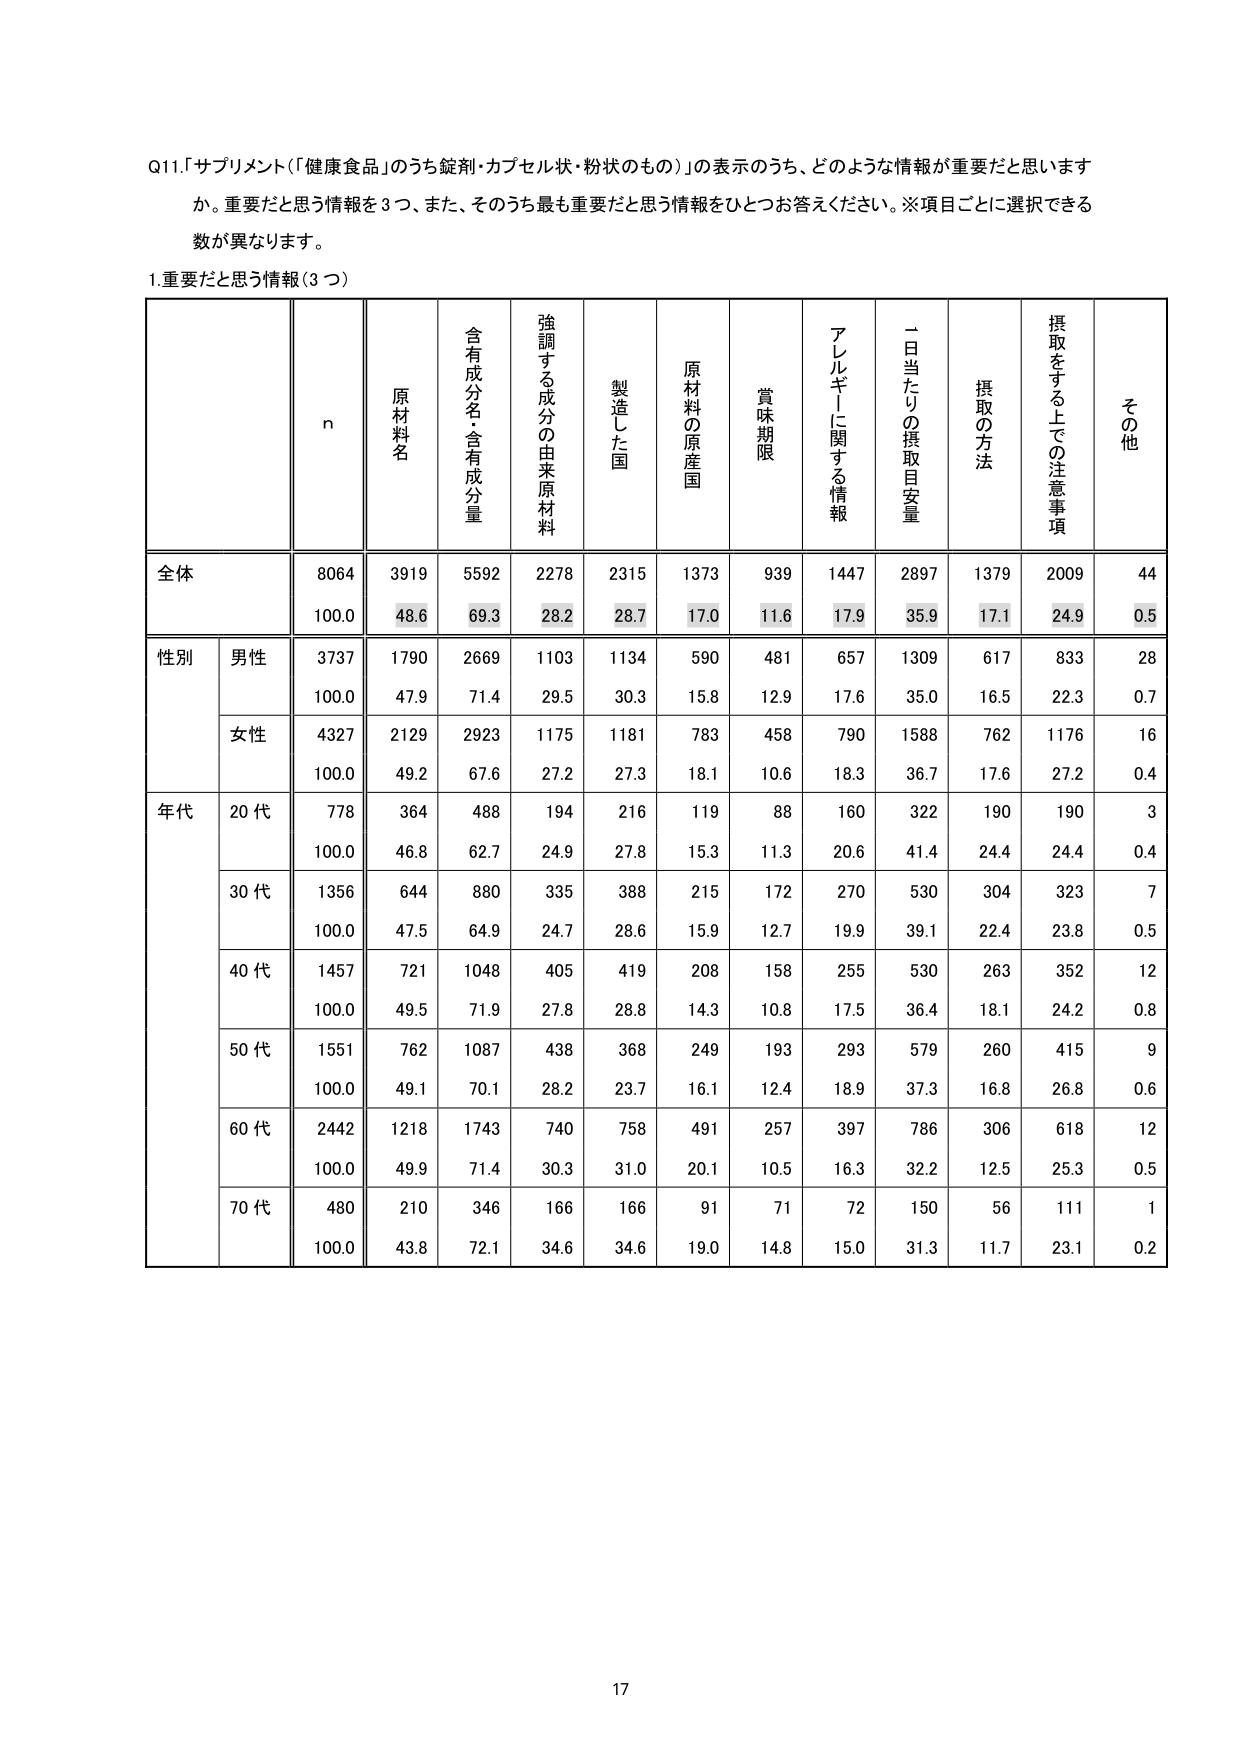
Q11.「サプリメント（「健康食品」のうち錠剤・カプセル状・粉状のもの）」の表示のうち、どのような情報が重要だと思いますか。重要だと思う情報を3つ、また、そのうち最も重要だと思う情報をひとつお答えください。※項目ごとに選択できる数が異なります。

1.重要だと思う情報（3つ）

n 原材料名 含有成分名・含有成分量 強調する成分の由来原材料 製造した国 原材料の原産国 賞味期限 アレルギーに関する情報 一日当たりの摂取目安量 摂取の方法 摂取をする上での注意事項 その他

全体 8064 3919 5592 2278 2315 1373 939 1447 2897 1379 2009 44
100.0 48.6 69.3 28.2 28.7 17.0 11.6 17.9 35.9 17.1 24.9 0.5

性別 男性 3737 1790 2669 1103 1134 590 481 657 1309 617 833 28
100.0 47.9 71.4 29.5 30.3 15.8 12.9 17.6 35.0 16.5 22.3 0.7

女性 4327 2129 2923 1175 1181 783 458 790 1588 762 1176 16
100.0 49.2 67.6 27.2 27.3 18.1 10.6 18.3 36.7 17.6 27.2 0.4

年代 20代 778 364 488 194 216 119 88 160 322 190 190 3
100.0 46.8 62.7 24.9 27.8 15.3 11.3 20.6 41.4 24.4 24.4 0.4

30代 1356 644 880 335 388 215 172 270 530 304 323 7
100.0 47.5 64.9 24.7 28.6 15.9 12.7 19.9 39.1 22.4 23.8 0.5

40代 1457 721 1048 405 419 208 158 255 530 263 352 12
100.0 49.5 71.9 27.8 28.8 14.3 10.8 17.5 36.4 18.1 24.2 0.8

50代 1551 762 1087 438 368 249 193 293 579 260 415 9
100.0 49.1 70.1 28.2 23.7 16.1 12.4 18.9 37.3 16.8 26.8 0.6

60代 2442 1218 1743 740 758 491 257 397 786 306 618 12
100.0 49.9 71.4 30.3 31.0 20.1 10.5 16.3 32.2 12.5 25.3 0.5

70代 480 210 346 166 166 91 71 72 150 56 111 1
100.0 43.8 72.1 34.6 34.6 19.0 14.8 15.0 31.3 11.7 23.1 0.2

17